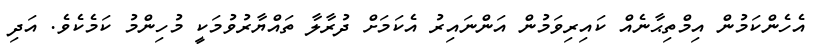
އެހެންކަމުން އިމްތިޙާނެއް ކައިރިވަމުން އަންނައިރު އެކަމަށް ދުރާލާ ތައްޔާރުވުމަކީ މުހިންމު ކަމެކެވެ. އަދި